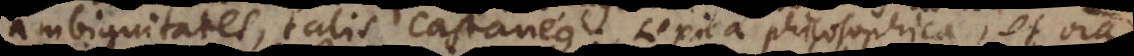
ambiguitates, talis Castaneus. Lexica philosophica, et omnia